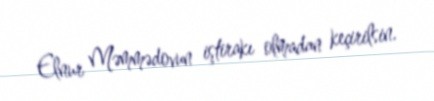
Elnur Məmmədovun iştirakı olmadan keçirilsin.